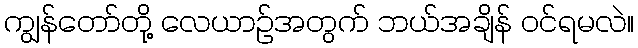
ကျွန်တော်တို့ လေယာဉ်အတွက် ဘယ်အချိန် ဝင်ရမလဲ။